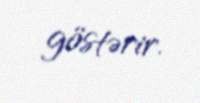
göstərir.